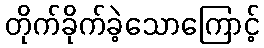
တိုက်ခိုက်ခဲ့သောကြောင့်